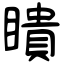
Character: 瞶